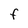
Character: F